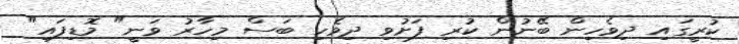
ކުރީގައި ދިވެހިން ބޭނުން ކުރި ފަށުވި ދިވެހި ބަސް މިހާރު ވަނީ" މޮޑިފައި"